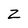
Character: z